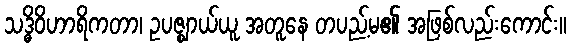
သဒ္ဓိဝိဟာရိကတာ၊ ဥပဇ္ဈာယ်ယူ အတူနေ တပည့်မ၏ အဖြစ်လည်းကောင်း။